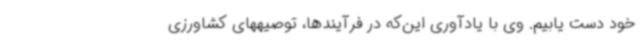
خود دست یابیم. وی با یادآوری این‌که در فرآیندها، توصیههای کشاورزی